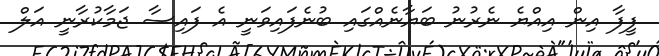
ފީފާ އިން އިއްޔެ ނެރުނު ބަޔާނެއްގައި ބުނެފައިވަނީ އެ ފައިސާ ޖަމާކުރާނީ އަލް